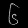
Digit: ၆